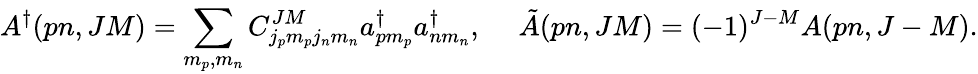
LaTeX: A^{\dagger}(pn,JM)=\sum_{m_{p},m_{n}}^{}C_{j_{p}m_{p}j_{n}m_{n}}^{JM}a_{pm_{p}}^{\dagger}a_{nm_{n}}^{\dagger},~~~~~\tilde{A}(pn,JM)=(-1)^{J-M}{A}(pn,J-M).